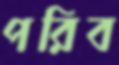
পরিব